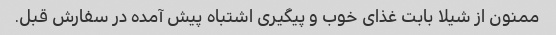
ممنون از شیلا بابت غذای خوب و پیگیری اشتباه پیش آمده در سفارش قبل.